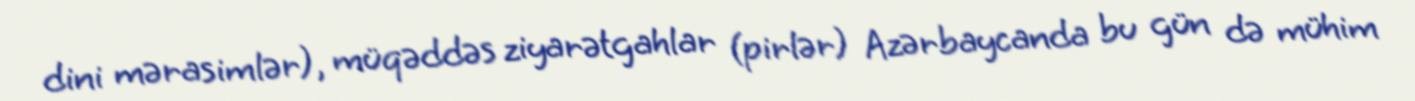
dini mərasimlər), müqəddəs ziyarətgahlar (pirlər) Azərbaycanda bu gün də mühim